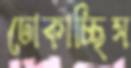
ঢোকাচ্ছিস